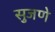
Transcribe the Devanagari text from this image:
सुजणे